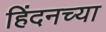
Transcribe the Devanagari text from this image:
हिंदनच्या